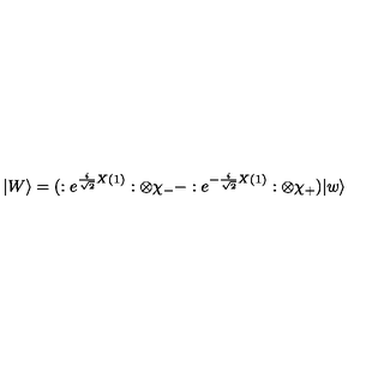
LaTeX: | W \rangle = ( : e ^ { \frac { i } { \sqrt { 2 } } X ( 1 ) } : \otimes \chi _ { - } - : e ^ { - \frac { i } { \sqrt { 2 } } X ( 1 ) } : \otimes \chi _ { + } ) | w \rangle